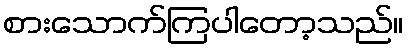
စားသောက်ကြပါတော့သည်။